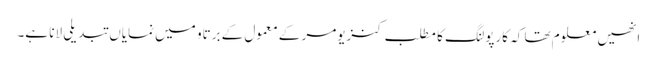
انھیں معلوم تھا کہ کارپولنگ کا مطلب کنزیومر کے معمول کے برتاو میں نمایاں تبدیلی لانا ہے۔